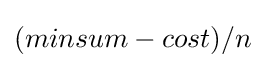
(minsum-cost)/n